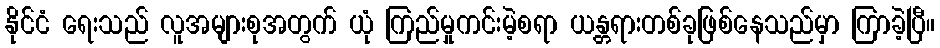
နိုင်ငံ ရေးသည် လူအများစုအတွက် ယုံ ကြည်မှုကင်းမဲ့စရာ ယန္တရားတစ်ခုဖြစ်နေသည်မှာ ကြာခဲ့ပြီ။